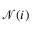
\mathcal { N } ( i )